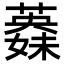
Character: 𦾇